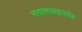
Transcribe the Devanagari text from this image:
नवाबशाहपर्यंत